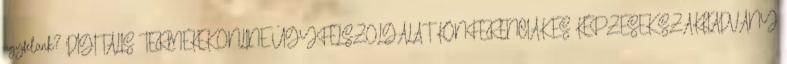
ügyfelünk? DIGITÁLIS TERMÉKEK ONLINE ÜGYFÉLSZOLGÁLAT KONFERENCIÁK ÉS KÉPZÉSEK SZAKKIADVÁNY